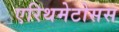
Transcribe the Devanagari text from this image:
एरिथमेटोसस